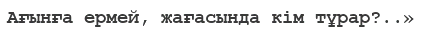
Ағынға ермей, жағасында кім тұрар?..»